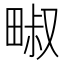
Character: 𱰹